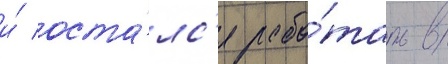
и́ оста́лс'я рабо́тать в